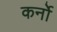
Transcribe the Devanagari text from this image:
कर्नो